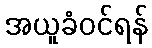
အယူခံဝင်ရန်